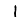
Digit: 1